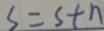
S = s + n